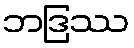
ဘဒြဿ